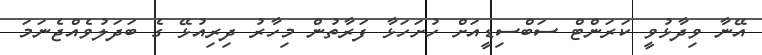
އޭނާ ވިދާޅުވީ ކަރަންޓް ސަބްސިޑީއަށް ހުށަހަޅާ ފަރާތުން މިހާރު ދިރިއުޅޭ ގެ ބަދަލުވެއްޖެނަމަ